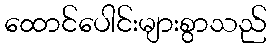
ထောင်ပေါင်းများစွာသည်